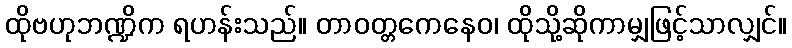
ထိုဗဟုဘဏ္ဍိက ရဟန်းသည်။ တာဝတ္တကေနေဝ၊ ထိုသို့ဆိုကာမျှဖြင့်သာလျှင်။